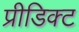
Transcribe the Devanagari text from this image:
प्रीडिक्ट